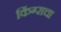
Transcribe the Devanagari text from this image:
किंग्सचा